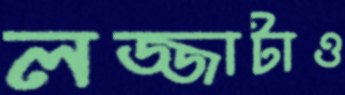
লজ্জাটাও